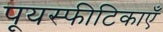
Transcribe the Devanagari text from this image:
पूयस्फीटिकाएँ